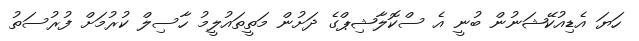
ހަޔަ އެޑިއުކޭޝަނުން ބުނީ އެ ސްކޮލާޝިޕްގެ ދަށުން މަތީތައުލީމު ހާސިލް ކުރުމަށް ފުރުސަތު